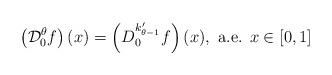
LaTeX: \begin{align*}\left(\mathcal{D}_0^\theta f\right)(x)=\left(D_0^{k'_{\theta-1}}f\right)(x), \mbox{ a.e. } x\in [0,1]\end{align*}